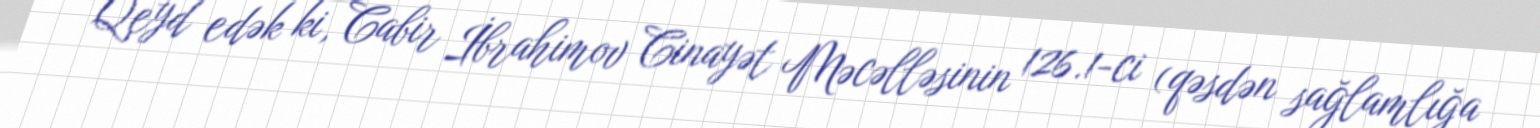
Qeyd edək ki, Cabir İbrahimov Cinayət Məcəlləsinin 126.1-ci (qəsdən sağlamlığa